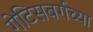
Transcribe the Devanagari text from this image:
गेटिसबर्गच्या